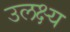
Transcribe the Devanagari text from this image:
उलक्ष्य